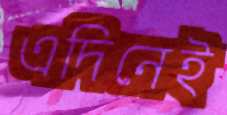
এদিনেই